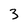
Character: 3